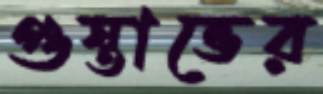
গুস্তাভের